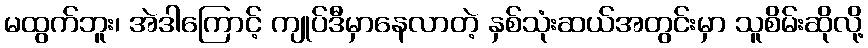
မထွက်ဘူး၊ အဲဒါကြောင့် ကျုပ်ဒီမှာနေလာတဲ့ နှစ်သုံးဆယ်အတွင်းမှာ သူစိမ်းဆိုလို့